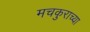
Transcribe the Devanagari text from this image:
मचकुराच्या